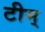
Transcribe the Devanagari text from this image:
टीम्